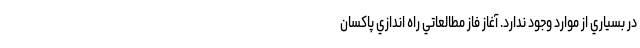
در بسياري از موارد وجود ندارد. آغاز فاز مطالعاتي راه اندازي پاكسان